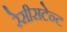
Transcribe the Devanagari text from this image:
रेसीसटेन्ट